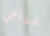
خداعي